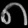
Digit: ၈